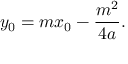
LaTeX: y _ { 0 } = m x _ { 0 } - { \frac { m ^ { 2 } } { 4 a } } .